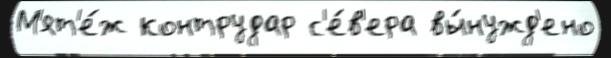
М'ят'е́ж контрудар с'е́в'ера вы́нужд'ено